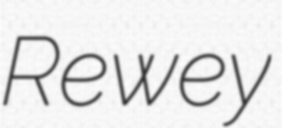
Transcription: Rewey